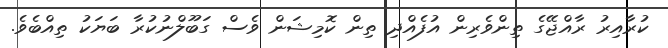
ކުރާއިރު ރާއްޖޭގެ ތިންވެރިން އުފެއްދި ތިން ކޮމިޝަން ވެސް ގަބޫލްނުކުރާ ބަޔަކު ތިއްބެވެ.